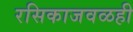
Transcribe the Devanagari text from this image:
रसिकाजवळही